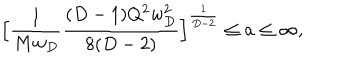
\Big [ { \frac { 1 } { M w _ { D } } } { \frac { ( D - 1 ) Q ^ { 2 } w _ { D } ^ { 2 } } { 8 ( D - 2 ) } } \Big ] ^ { \frac { 1 } { D - 2 } } \le a \le \infty ,